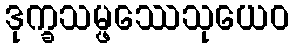
ဒုက္ခသမ္ဖဿေသုယေဝ